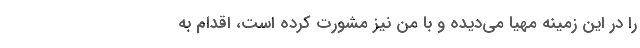
را در این زمینه مهیا می‌دیده و با من نیز مشورت کرده است، اقدام به